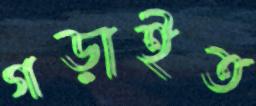
গড়াইত